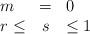
LaTeX: \begin{align*}\begin{array}{lcl}m&=&0\\ r \leq& s& \leq 1\end{array}\end{align*}